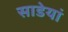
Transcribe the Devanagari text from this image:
साडेयां